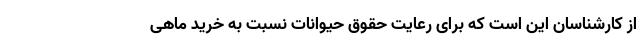
از کارشناسان این است که برای رعایت حقوق حیوانات نسبت به خرید ماهی